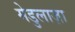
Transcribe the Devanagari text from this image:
मेडुलाज़ा